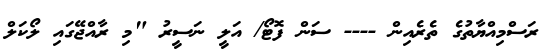
ރަސްމިއްޔާތުގެ ތެރެއިން ---- ސަން ފޮޓޯ/ އަލީ ނަސީރު "މި ރާއްޖޭގައި ލޯކަލް